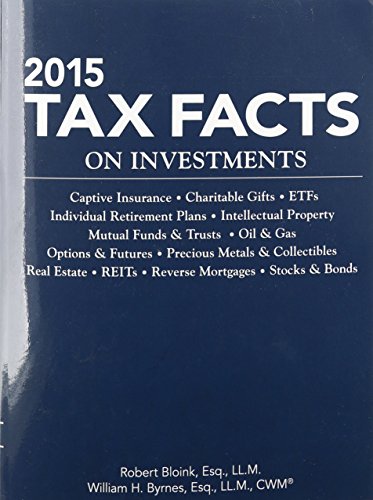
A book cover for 2015 Tax Facts on Investments; Robert Bloink; Business & Money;